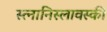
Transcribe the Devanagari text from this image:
स्त्नानिस्लावस्की